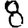
Digit: 8